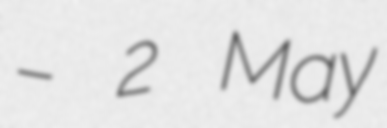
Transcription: – 2 May